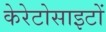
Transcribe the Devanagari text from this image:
केरेटोसाइटों